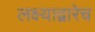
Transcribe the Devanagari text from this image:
लक्ष्याद्वारेच